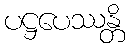
ပဋ္ဌပေဿန္တိ